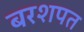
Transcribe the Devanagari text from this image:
बरशपत